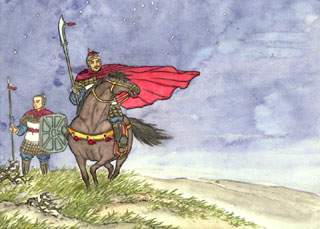
北斗七星高，哥舒夜带刀。